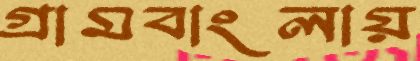
গ্রামবাংলায়